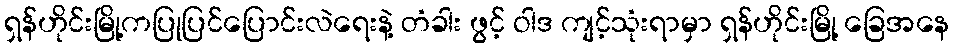
ရှန်ဟိုင်းမြို့ကပြုပြင်ပြောင်းလဲရေးနဲ့ တံခါး ဖွင့် ဝါဒ ကျင့်သုံးရာမှာ ရှန်ဟိုင်းမြို့ ခြေအနေ